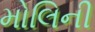
મોલિની